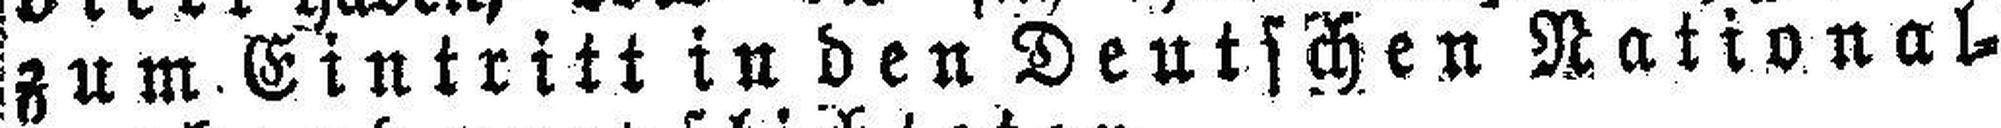
zum Eintritt in den Deutschen National¬